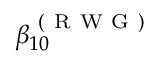
\beta _ { 1 0 } ^ { \mathrm { ~ ( ~ R ~ W ~ G ~ ) ~ } }